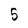
Character: 5